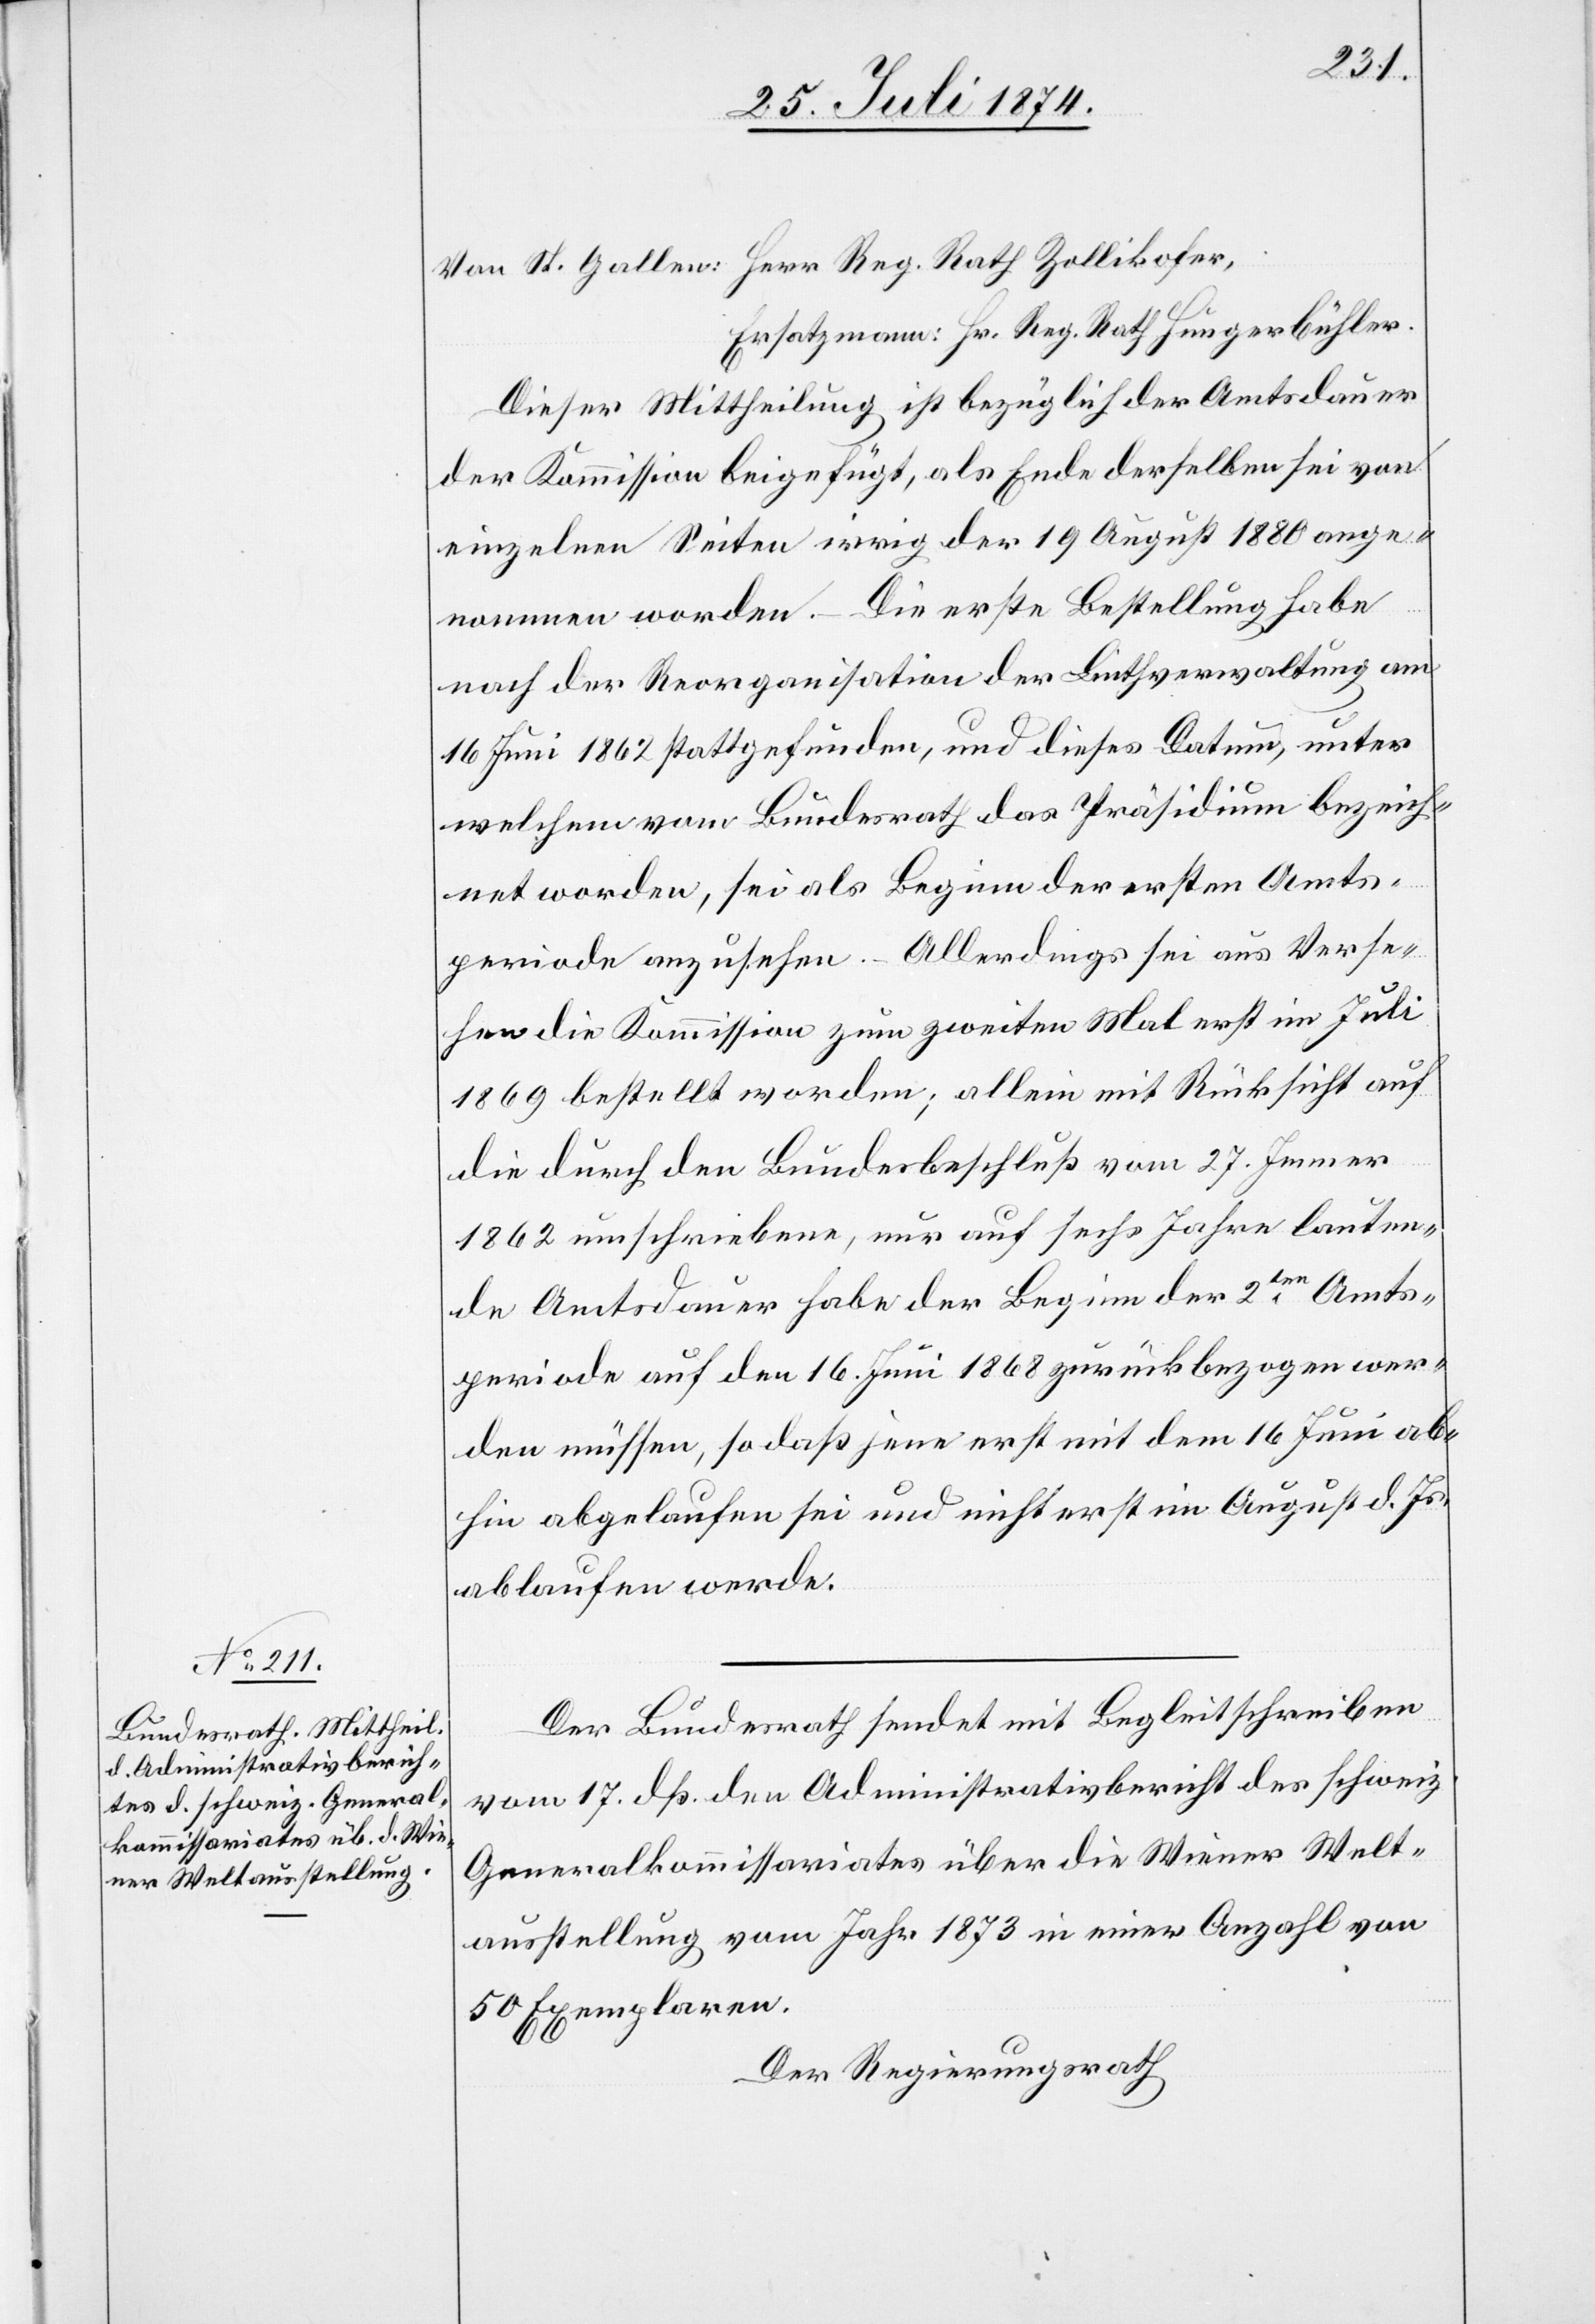
Von St. Gallen: Herr Reg. Rath Zollikofer,
Ersatzmann: Hr. Reg. Rath Hungerbühler.
Dieser Mittheilung ist bezüglich der Amtsdauer
der Kommission beigefügt, als Ende derselben sei von
einzelnen Seiten irrig der 19. August 1880 ange¬
nommen worden. – Die erste Bestellung habe
nach der Reorganisation der Linthverwaltung am
16. Juni 1862 stattgefunden, und dieses Datum, unter
welchem vom Bundesrath das Präsidium bezeich¬
net worden, sei als Beginn der ersten Amts¬
periode anzusehen. – Allerdings sei aus Verse¬
hen die Kommission zum zweiten Mal erst im Juli
1869 bestellt worden, allein mit Rücksicht auf
die durch den Bundesbeschluß vom 27. Jenner
1862 umschriebene, nur auf sechs Jahre lauten¬
de Amtsdauer habe der Beginn der 2ten Amts¬
periode auf den 16. Juni 1868 zurückbezogen wer¬
den müssen, so daß jene erst mit dem 16. Juni ab¬
hin abgelaufen sei und nicht erst im August d. Js.
ablaufen werde.
Der Bundesrath sendet mit Begleitschreiben
vom 17. dß. den Administrativbericht des schweiz.
Generalkommissariates über die Wiener Welt¬
ausstellung vom Jahr 1873 in einer Anzahl von
50 Exemplaren.
Der Regierungsrath